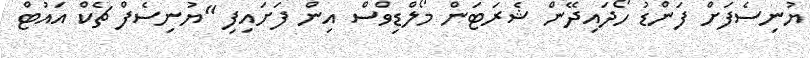
ޔުނިސެފަށް ފަންޑު ހޯދައިދޭން ޝެރަޓަން މޯލްޑިވްސް އިން ފަށައިފި "ޔުނިސެފް ޗެކް އައުޓް